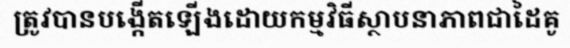
ត្រូវបានបង្កើតឡើងដោយកម្មវិធីស្ថាបនាភាពជាដៃគូ